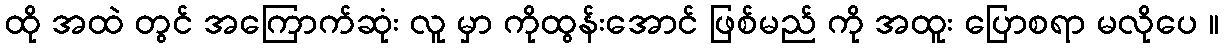
ထို အထဲ တွင် အကြောက်ဆုံး လူ မှာ ကိုထွန်းအောင် ဖြစ်မည် ကို အထူး ပြောစရာ မလိုပေ ။